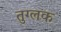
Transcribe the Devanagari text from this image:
तुग्लक